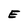
Character: E